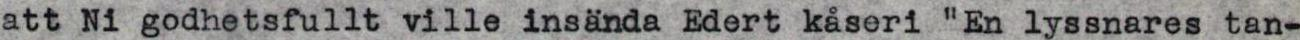
att Ni godhetsfullt ville insända Edert kåseri En lyssnares tan-